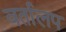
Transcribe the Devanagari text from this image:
वर्तालप